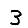
Digit: 3